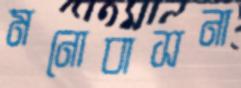
মনোবাসনা